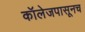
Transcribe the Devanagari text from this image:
कॉलेजपासूनच